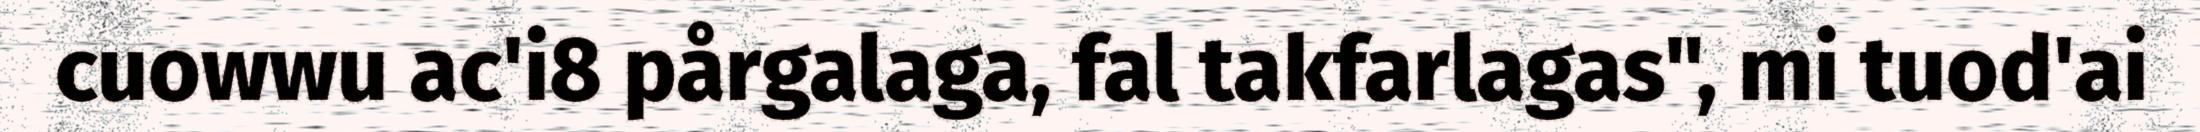
cuowwu ac'i8 pårgalaga, fal takfarlagas", mi tuod'ai